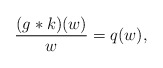
\begin{align*}\frac{(g*k)(w)}{w}=q(w),\end{align*}